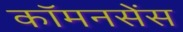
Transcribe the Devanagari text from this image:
कॉमनसेंस